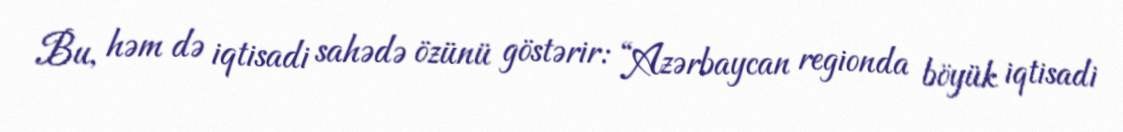
Bu, həm də iqtisadi sahədə özünü göstərir: “Azərbaycan regionda böyük iqtisadi